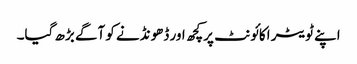
اپنے ٹویٹر اکائونٹ پرکچھ اور ڈھونڈنے کو آگے بڑھ گیا۔